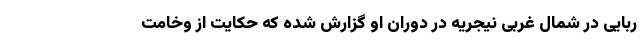
ربایی در شمال غربی نیجریه در دوران او گزارش شده که حکایت از وخامت